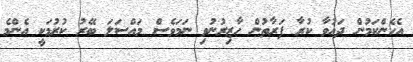
އެހެންކަމުން ދައުވާ ކުރާ ފަރާތުން ހާޒިރުނުވި ނަމަވެސް މައްސަލަ ބޭރު ކުރުމަކީ އެންމެ